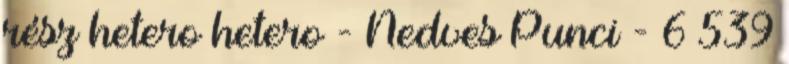
rész hetero hetero - Nedves Punci - 6 539